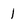
Character: 1